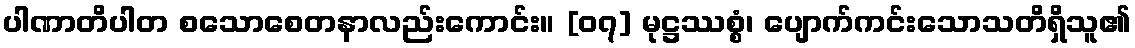
ပါဏာတိပါတ စသောစေတနာလည်းကောင်း။ [၀၇] မုဋ္ဌဿစ္စံ၊ ပျောက်ကင်းသောသတိရှိသူ၏